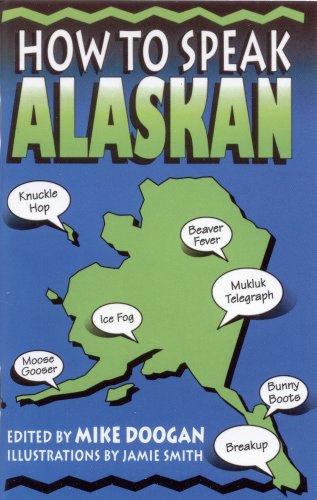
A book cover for How to Speak Alaskan; Travel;